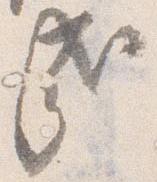
哉